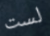
لست